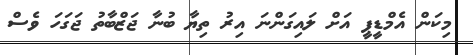
މިކަން އެމްޑީޕީ އަށް ލައިގަންނަ އިރު ތިޔާ ބުނާ ޖަޒްބާތު ޖަގަހަ ވެސް